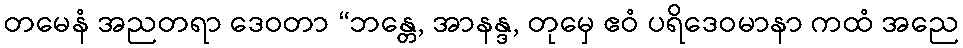
တမေနံ အညတရာ ဒေဝတာ “ဘန္တေ, အာနန္ဒ, တုမှေ ဧဝံ ပရိဒေဝမာနာ ကထံ အညေ